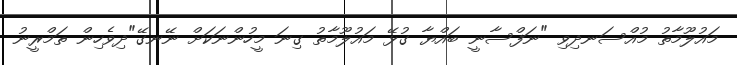
މައުލޫމާތު މުއްސަނދިވި "ނަފްސާނީ ބައްޔާ ގުޅޭ މައުލޫމާތު ގިނަ މީހުންނަކަށް ނޭނގޭ"ދިވެހިން ތަމްރީނު